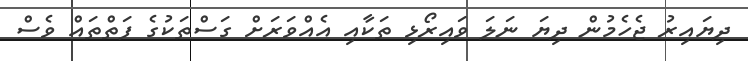
ދިޔައިރު ޖެހެމުން ދިޔަ ނަލަ ވައިރޯޅި ތަކާއި އެއްވަރަށް ގަސްތަކުގެ ފަތްތައް ވެސް